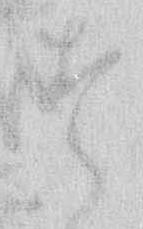
す